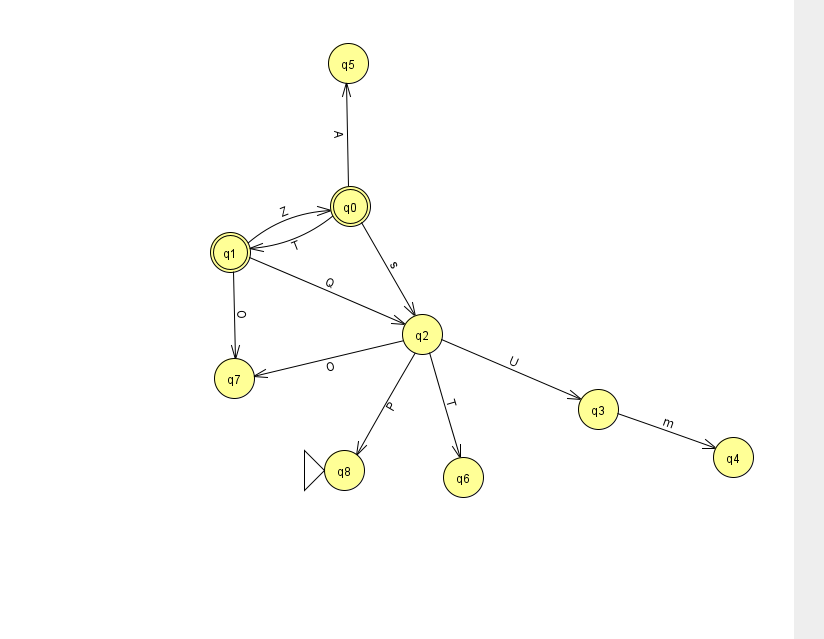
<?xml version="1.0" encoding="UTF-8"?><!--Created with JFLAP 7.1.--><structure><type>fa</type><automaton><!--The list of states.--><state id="0" name="q0"><x>350.0</x><y>193.0</y><final/></state><state id="1" name="q1"><x>230.0</x><y>239.0</y><final/></state><state id="2" name="q2"><x>422.0</x><y>321.0</y></state><state id="3" name="q3"><x>598.0</x><y>396.0</y></state><state id="4" name="q4"><x>733.0</x><y>444.0</y></state><state id="5" name="q5"><x>348.0</x><y>50.0</y></state><state id="6" name="q6"><x>463.0</x><y>464.0</y></state><state id="7" name="q7"><x>234.0</x><y>365.0</y></state><state id="8" name="q8"><x>344.0</x><y>457.0</y><initial/></state><!--The list of transitions.--><transition><from>2</from><to>7</to><read>O</read></transition><transition><from>3</from><to>4</to><read>m</read></transition><transition><from>0</from><to>2</to><read>s</read></transition><transition><from>1</from><to>0</to><read>Z</read></transition><transition><from>2</from><to>6</to><read>T</read></transition><transition><from>2</from><to>3</to><read>U</read></transition><transition><from>2</from><to>8</to><read>P</read></transition><transition><from>0</from><to>5</to><read>A</read></transition><transition><from>1</from><to>2</to><read>Q</read></transition><transition><from>1</from><to>7</to><read>O</read></transition><transition><from>0</from><to>1</to><read>T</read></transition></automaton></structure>